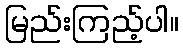
မြည်းကြည့်ပါ။